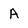
Character: A